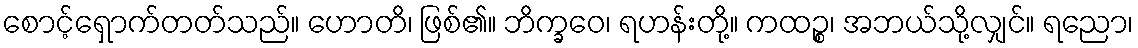
စောင့်ရှောက်တတ်သည်။ ဟောတိ၊ ဖြစ်၏။ ဘိက္ခဝေ၊ ရဟန်းတို့။ ကထဉ္စ၊ အဘယ်သို့လျှင်။ ရညော၊